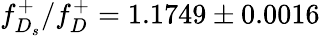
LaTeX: f_{D_{s}}^{+}/f_{D}^{+}=1.1749\pm 0.0016